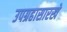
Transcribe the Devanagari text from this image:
उपग्रहासारखे